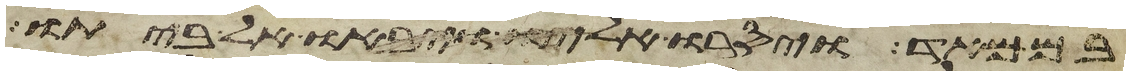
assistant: בם מאד ויסרו אליו ויבאו אל ביתו